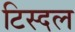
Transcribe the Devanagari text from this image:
टिस्दल